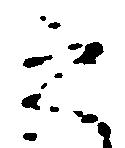
之